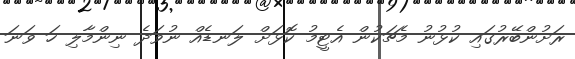
ރަށުންބޭރުގައި ކުޅުނު މެޗަކުން އެޓީމު ކޮޅަށް ލަނޑެއް ނުވަދެ ނިންމާލި ހަ ވަނަ